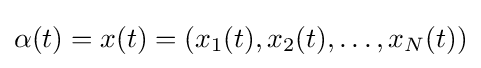
\alpha (t)=x(t)=(x_{1}(t),x_{2}(t),\ldots ,x_{N}(t))